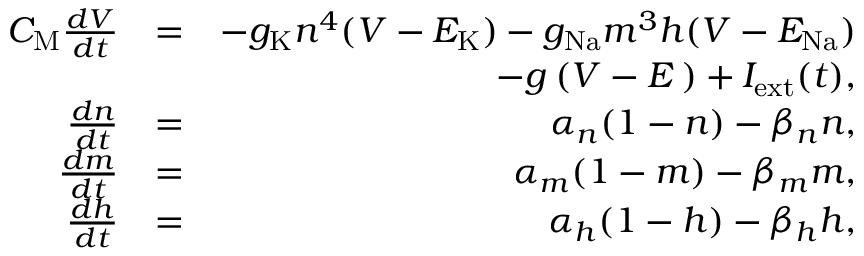
\begin{array} { r l r } { C _ { \mathrm M } \frac { d V } { d t } } & { = } & { - g _ { \mathrm K } n ^ { 4 } ( V - E _ { \mathrm K } ) - g _ { \mathrm { N a } } m ^ { 3 } h ( V - E _ { \mathrm { N a } } ) } \\ & { } & { - g _ { \mathrm { \ell } } ( V - E _ { \mathrm \ell } ) + I _ { \mathrm { e x t } } ( t ) , } \\ { \frac { d n } { d t } } & { = } & { \alpha _ { n } ( 1 - n ) - \beta _ { n } n , } \\ { \frac { d m } { d t } } & { = } & { \alpha _ { m } ( 1 - m ) - \beta _ { m } m , } \\ { \frac { d h } { d t } } & { = } & { \alpha _ { h } ( 1 - h ) - \beta _ { h } h , } \end{array}